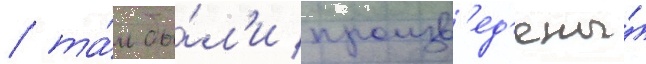
/ та́м бы́л'и произв'ед'ены́